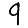
Digit: 9